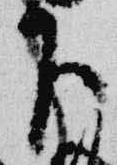
下